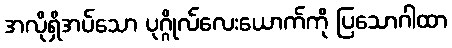
အလိုရှိအပ်သော ပုဂ္ဂိုလ်လေးယောက်ကို ပြသောဂါထာ